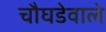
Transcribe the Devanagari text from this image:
चौघडेवाले